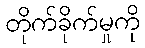
တိုက်ခိုက်မှုကို